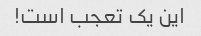
این یک تعجب است!